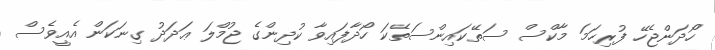
ހޯދަންޖެހޭ ފުރިހަމަ މާކްސް ސަތޭކައިންސަތޭކަ ހޯދާފައިވާ ކުދިންގެ ޖުމްލަ ޢަދަދު ގިނަކަން އެއީވެސް